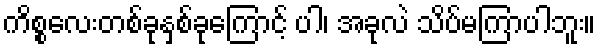
ကိစ္စလေးတစ်ခုနှစ်ခုကြောင့် ပါ၊ အခုလဲ သိပ်မကြာပါဘူး။